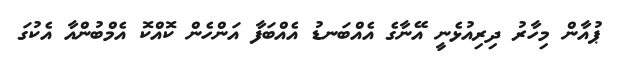
ޕުއާން މިހާރު ދިރިއުޅެނީ އޭނާގެ އެއްބަނޑު އެއްބަފާ އަންހެން ކޮއްކޮ އެމްބުންއާ އެކުގަ